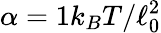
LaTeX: \alpha=1k_{B}T/\ell_{0}^{2}